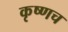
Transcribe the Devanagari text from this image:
कृष्णच